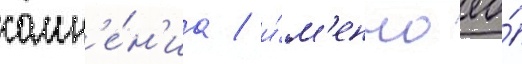
сомн'е́н'иа / и́м'енно ео́